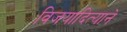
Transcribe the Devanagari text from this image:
विजयादित्याने